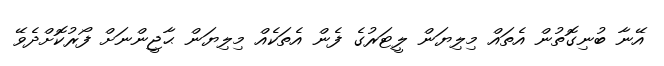
އޭނާ ބުނިގޮތުން އެތައް މިލިޔަން ލީޓަރުގެ ފެން އެތަކެއް މިލިޔަން ޙާޖީންނަށް ފޯރުކޮށްދެވޭ